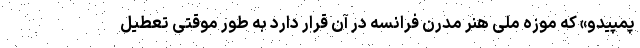
پمپیدو» که موزه ملی هنر مدرن فرانسه در آن قرار دارد به طور موقتی تعطیل